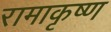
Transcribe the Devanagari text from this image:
रामाकृष्ण